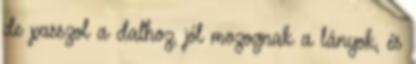
de passzol a dalhoz, jól mozognak a lányok, és